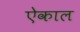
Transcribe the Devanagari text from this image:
ऐकाल